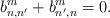
LaTeX: \begin{align*}b_{n,n'}^m+b_{n',n}^m=0.\end{align*}